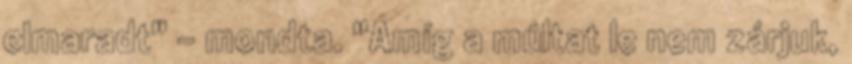
elmaradt" - mondta. "Amíg a múltat le nem zárjuk,